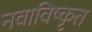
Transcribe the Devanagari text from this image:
नवाविष्कृत